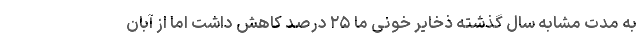
به مدت مشابه سال گذشته ذخایر خونی ما ۲۵ درصد کاهش داشت اما از آبان